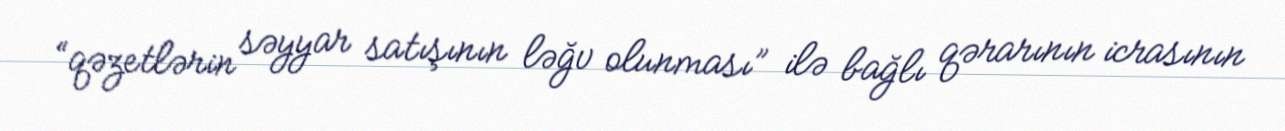
“qəzetlərin səyyar satışının ləğv olunması” ilə bağlı qərarının icrasının